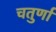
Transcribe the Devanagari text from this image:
चतुर्णां